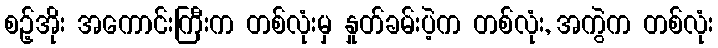
စဉ့်အိုး အကောင်းကြီးက တစ်လုံးမှ နှုတ်ခမ်းပဲ့က တစ်လုံး, အကွဲက တစ်လုံး